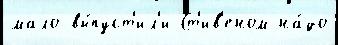
мало вы́пуст'ил'и Ст'ив'еном на́до